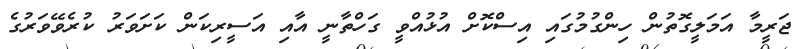
ޖަރީމާ އަމަލީގޮތުން ހިންގުމުގައި އިސްކޮށް އުޅުއްވީ ގަހްތާނީ އާއި އަސީރިކަން ކަށަވަރު ކުރެވޭވަރުގެ